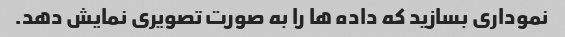
نموداری بسازید که داده ها را به صورت تصویری نمایش دهد.